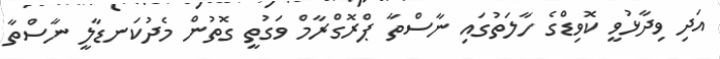
އަދި ވިދާޅުވީ ކޮވިޑްގެ ހާލަތުގައި ނާސްތާ ޕްރޮގްރާމް ވަގުތީ ގޮތުން މެދުކަނޑާލީ ނާސްތާ